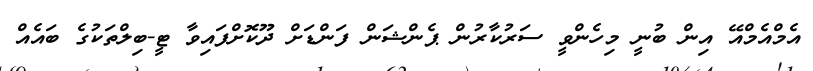
އެމްއެމްއޭ އިން ބުނީ މިހެންވީ ސަރުކާރުން ޕެންޝަން ފަންޑަށް ދޫކޮށްފައިވާ ޓީ-ބިލްތަކުގެ ބައެއް